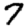
Digit: 7